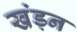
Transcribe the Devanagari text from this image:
खंड़न